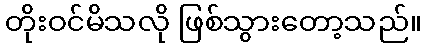
တိုးဝင်မိသလို ဖြစ်သွားတော့သည်။